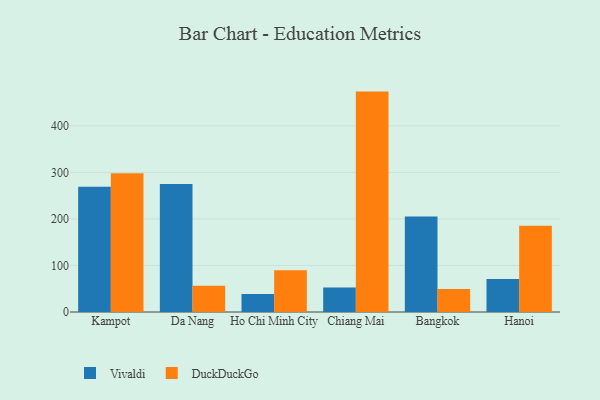
{"axis": {"x": "City", "y": "Production Output"}, "legend": ["DuckDuckGo", "Vivaldi"], "data": [{"x": "Kampot", "y": 269.4, "type": "Vivaldi"}, {"x": "Kampot", "y": 298.1, "type": "DuckDuckGo"}, {"x": "Da Nang", "y": 275.1, "type": "Vivaldi"}, {"x": "Da Nang", "y": 56.3, "type": "DuckDuckGo"}, {"x": "Ho Chi Minh City", "y": 38.8, "type": "Vivaldi"}, {"x": "Ho Chi Minh City", "y": 89.9, "type": "DuckDuckGo"}, {"x": "Chiang Mai", "y": 52.8, "type": "Vivaldi"}, {"x": "Chiang Mai", "y": 473.6, "type": "DuckDuckGo"}, {"x": "Bangkok", "y": 205.1, "type": "Vivaldi"}, {"x": "Bangkok", "y": 49.2, "type": "DuckDuckGo"}, {"x": "Hanoi", "y": 70.9, "type": "Vivaldi"}, {"x": "Hanoi", "y": 185.6, "type": "DuckDuckGo"}]}